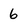
Character: 6